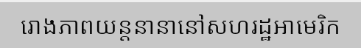
រោងភាពយន្តនានានៅសហរដ្ឋអាមេរិក